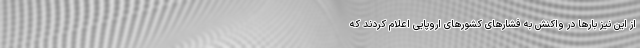
از این نیز بارها در واکنش به فشارهای کشورهای اروپایی اعلام کردند که